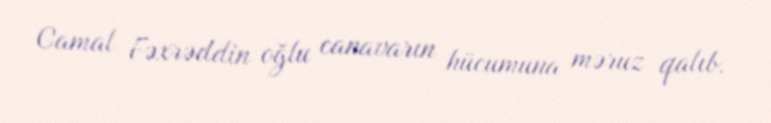
Camal Fəxrəddin oğlu canavarın hücumuna məruz qalıb.